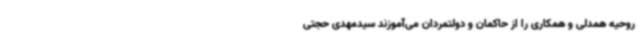
روحیه همدلی و همکاری را از حاکمان و دولتمردان می‌آموزند سیدمهدی حجتی